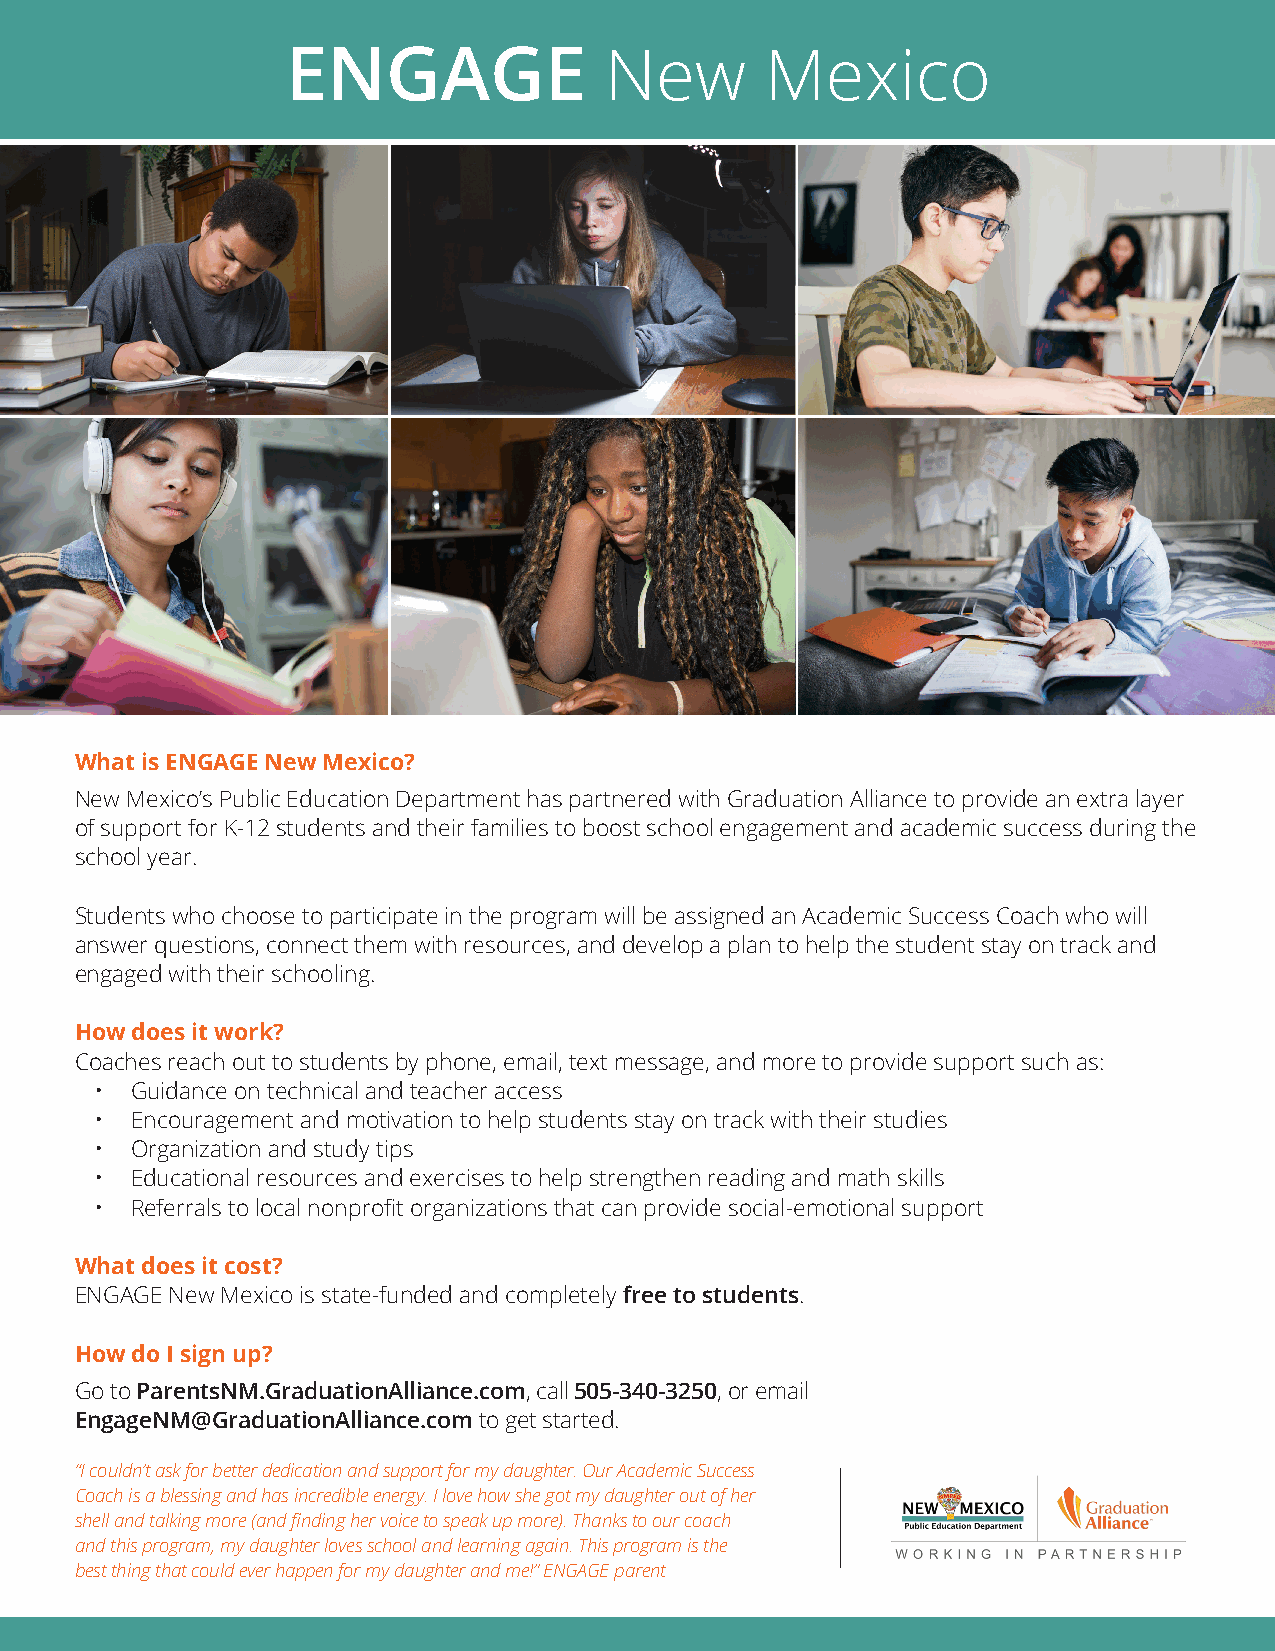
ENGAGE               New        Mexico
 What is ENGAGE New Mexico?
 New Mexico’s Public Education Department has partnered with Graduation Alliance to provide an extra layer
 of support for K-12 students and their families to boost school engagement and academic success during the
 school year.
 Students who choose to participate in the program will be assigned an Academic Success Coach who will
 answer questions, connect them with resources, and develop a plan to help the student stay on track and
 engaged with their schooling.
 How does it work?
 Coaches reach out to students by phone, email, text message, and more to provide support such as:
 •  Guidance on technical and teacher access
 •  Encouragement and motivation to help students stay on track with their studies
 •  Organization and study tips
 •  Educational resources and exercises to help strengthen reading and math skills
 •  Referrals to local nonprofit organizations that can provide social-emotional support
 What does it cost?
 ENGAGE New Mexico is state-funded and completely free to students.
 How do I sign up?
 Go to ParentsNM.GraduationAlliance.com, call 505-340-3250, or email
 EngageNM@GraduationAlliance.com to get started.
 “I couldn’t ask for better dedication and support for my daughter. Our Academic Success
 Coach is a blessing and has incredible energy. I love how she got my daughter out of her
 shell and talking more (and finding her voice to speak up more). Thanks to our coach
 and this program, my daughter loves school and learning again. This program is the
 best thing that could ever happen for my daughter and me!” ENGAGE parent